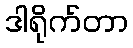
ဒါရိုက်တာ